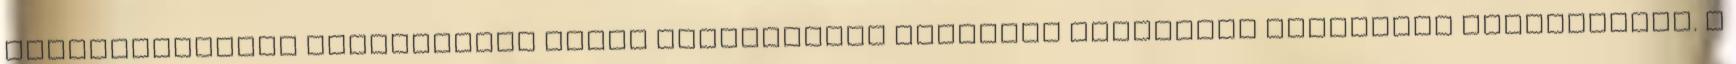
daganattípusok sokfélesége miatt félrevezető egyetlen általános arányszám megnevezése. A